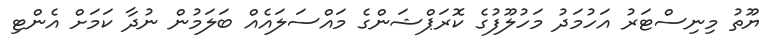
ޔޫތު މިނިސްޓަރު އަހުމަދު މަހުލޫފުގެ ކޮރަޕްޝަންގެ މައްސަލައެއް ބަލަމުން ނުދާ ކަމަށް އެންޓި